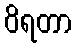
ဝိရတာ